画像に写った文字を読んでください
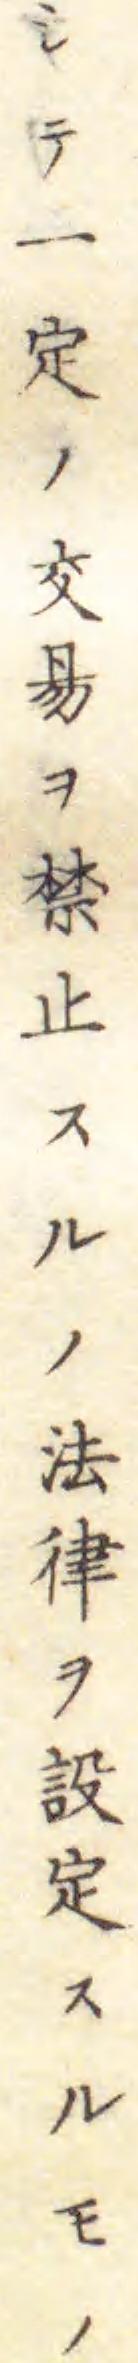
「シテ一定ノ交易ヲ禁止スルノ法律ヲ設定スルモノ」と書いてあります